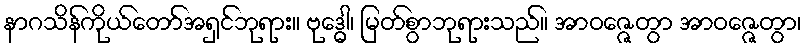
နာဂသိန်ကိုယ်တော်အရှင်ဘုရား။ ဗုဒ္ဓေါ၊ မြတ်စွာဘုရားသည်။ အာဝဇ္ဇေတွာ အာဝဇ္ဇေတွာ၊